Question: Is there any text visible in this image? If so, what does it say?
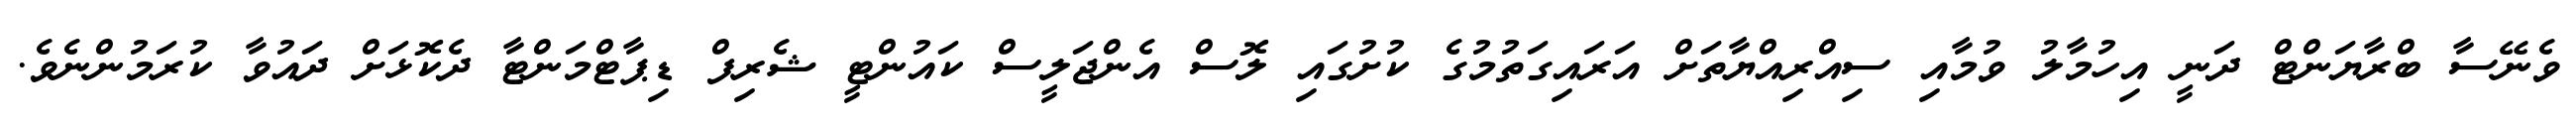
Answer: ވެނޭސާ ބްރާޔަންޓް ދަނީ އިހުމާލު ވުމާއި ސިއްރިއްޔާތަށް އަރައިގަތުމުގެ ކުށުގައި ލޮސް އެންޖަލީސް ކައުންޓީ ޝެރިފް ޑިޕާޓްމަންޓާ ދެކޮޅަށް ދައުވާ ކުރަމުންނެވެ.